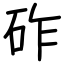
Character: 砟